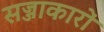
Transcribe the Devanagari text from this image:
सज्जाकारों